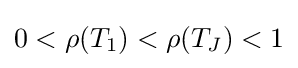
0<\rho (T_{1})<\rho (T_{J})<1